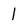
Character: 1